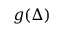
g ( \Delta )